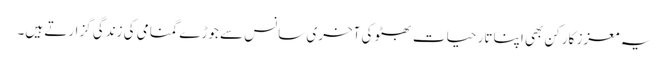
یہ معزز کارکن بھی اپنا تارِ حیات بھٹو کی آخری سانس سے جوڑے گمنامی کی زندگی گزارتے ہیں۔